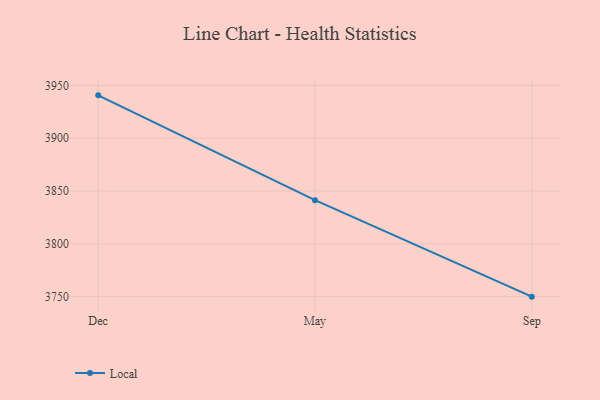
{"axis": {"x": "Month", "y": "Conversion Rate (%)"}, "legend": ["Local"], "data": [{"x": "Dec", "y": 3940.5, "type": "Local"}, {"x": "May", "y": 3841.3, "type": "Local"}, {"x": "Sep", "y": 3750.0, "type": "Local"}]}